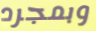
وبمجرد